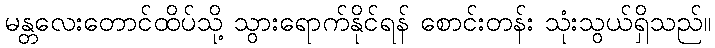
မန္တလေးတောင်ထိပ်သို့ သွားရောက်နိုင်ရန် စောင်းတန်း သုံးသွယ်ရှိသည်။